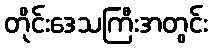
တိုင်းဒေသကြီးအတွင်း